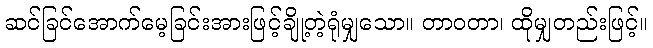
ဆင်ခြင်အောက်မေ့ခြင်းအားဖြင့်ချို့တဲ့ရုံမျှသော။ တာဝတာ၊ ထိုမျှတည်းဖြင့်။